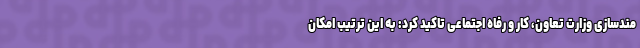
مندسازی وزارت تعاون، کار و رفاه اجتماعی تاکید کرد: به این ترتیب امکان